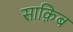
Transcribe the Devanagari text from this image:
साक़िब